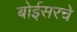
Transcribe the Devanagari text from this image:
बोईसरचे